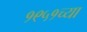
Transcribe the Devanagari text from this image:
१९५१च्या